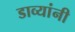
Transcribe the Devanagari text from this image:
डाव्यांनी